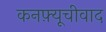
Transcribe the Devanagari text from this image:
कनफ़्यूचीवाद